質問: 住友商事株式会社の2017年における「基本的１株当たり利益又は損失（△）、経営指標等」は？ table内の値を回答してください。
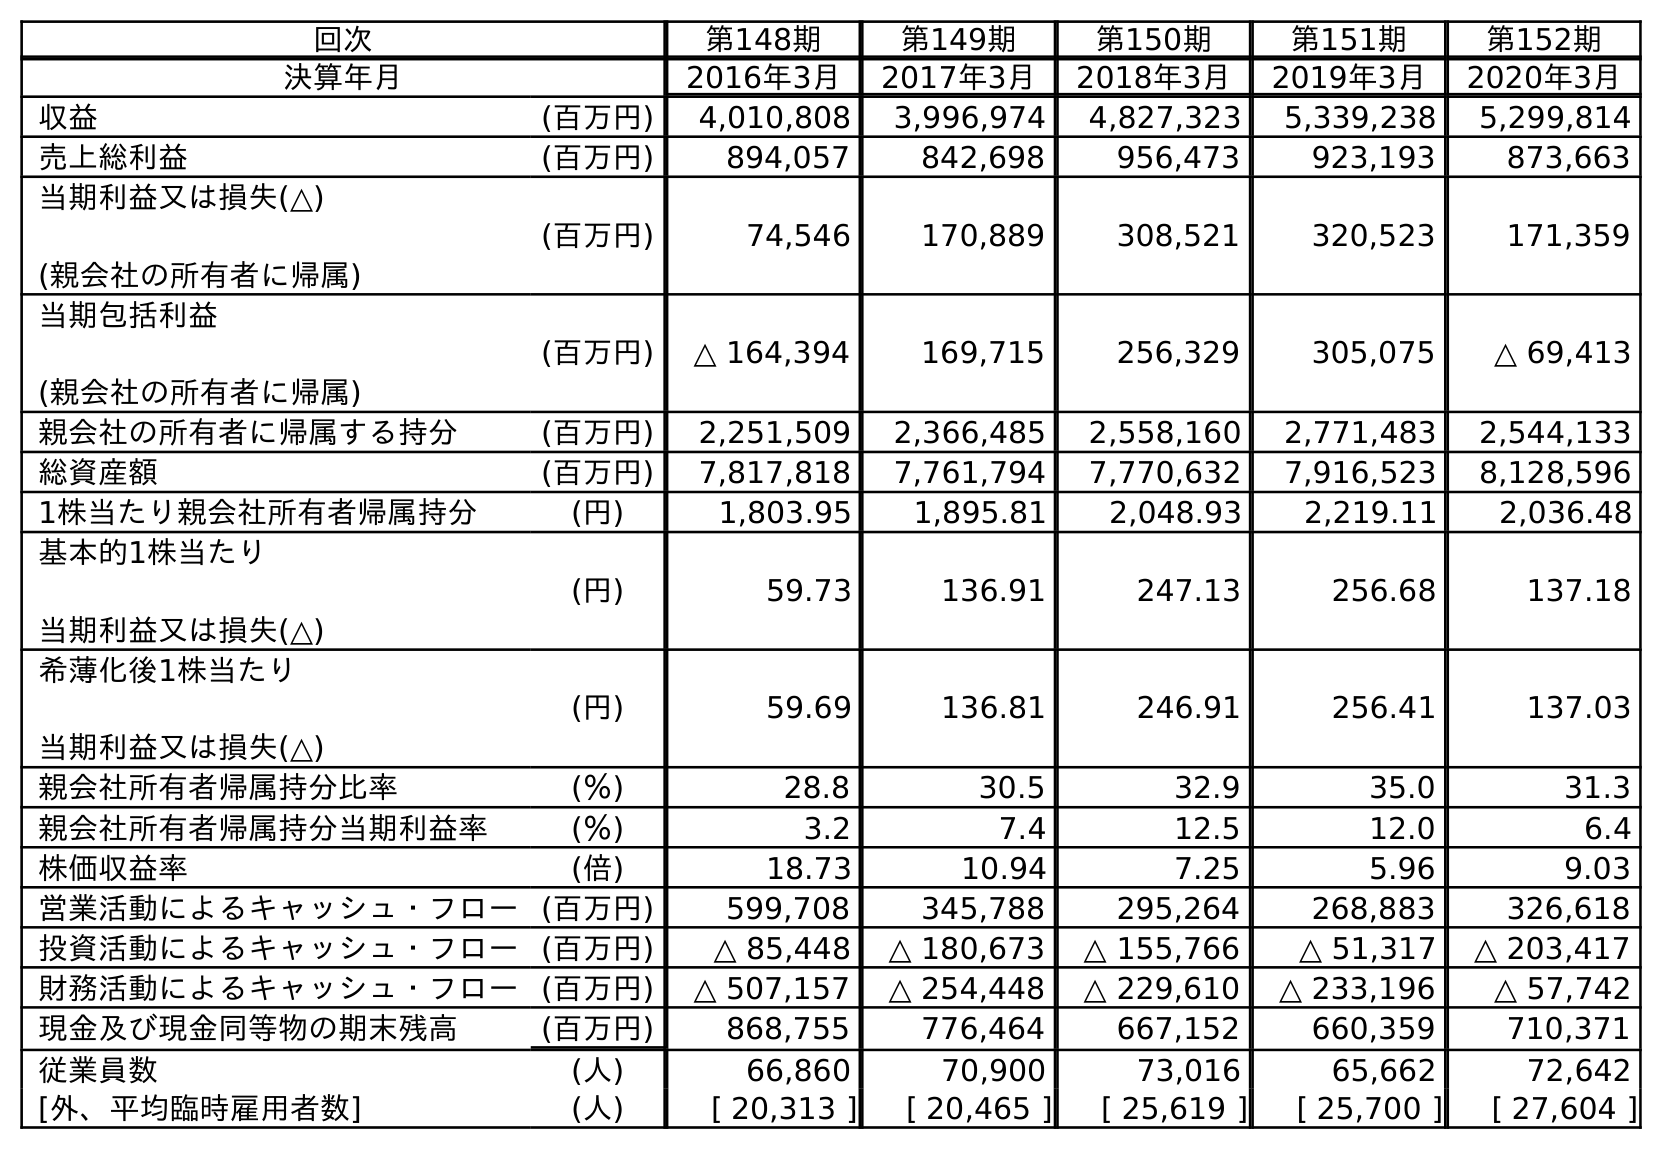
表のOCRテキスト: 回次 第148期 第149期 第150期 第151期 第152期 決算年月 2016年3月 2017年3月 2018年3月 2019年3月 2020年3月 収益 (百万円) 4,010,808 3,996,974 4,827,323 5,339,238 5,299,814 売上総利益 (百万円) 894,057 842,698 956,473 923,193 873,663 当期利益又は損失(△) (親会社の所有者に帰属) (百万円) 74,546 170,889 308,521 320,523 171,359 当期包括利益 (親会社の所有者に帰属) (百万円) △ 164,394 169,715 256,329 305,075 △ 69,413 親会社の所有者に帰属する持分 (百万円) 2,251,509 2,366,485 2,558,160 2,771,483 2,544,133 総資産額 (百万円) 7,817,818 7,761,794 7,770,632 7,916,523 8,128,596 1株当たり親会社所有者帰属持分 (円) 1,803.95 1,895.81 2,048.93 2,219.11 2,036.48 基本的1株当たり 当期利益又は損失(△) (円) 59.73 136.91 247.13 256.68 137.18 希薄化後1株当たり 当期利益又は損失(△) (円) 59.69 136.81 246.91 256.41 137.03 親会社所有者帰属持分比率 (％) 28.8 30.5 32.9 35.0 31.3 親会社所有者帰属持分当期利益率 (％) 3.2 7.4 12.5 12.0 6.4 株価収益率 (倍) 18.73 10.94 7.25 5.96 9.03 営業活動によるキャッシュ・フロー(百万円) 599,708 345,788 295,264 268,883 326,618 投資活動によるキャッシュ・フロー(百万円) △ 85,448 △ 180,673 △ 155,766 △ 51,317 △ 203,417 財務活動によるキャッシュ・フロー(百万円) △ 507,157 △ 254,448 △ 229,610 △ 233,196 △ 57,742 現金及び現金同等物の期末残高 (百万円) 868,755 776,464 667,152 660,359 710,371 従業員数 (人) 66,860 70,900 73,016 65,662 72,642 [外、平均臨時雇用者数] (人) [ 20,313 ] [ 20,465 ] [ 25,619 ] [ 25,700 ] [ 27,604 ]
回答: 136.91